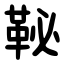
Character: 䩛